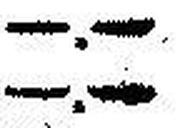
—.—